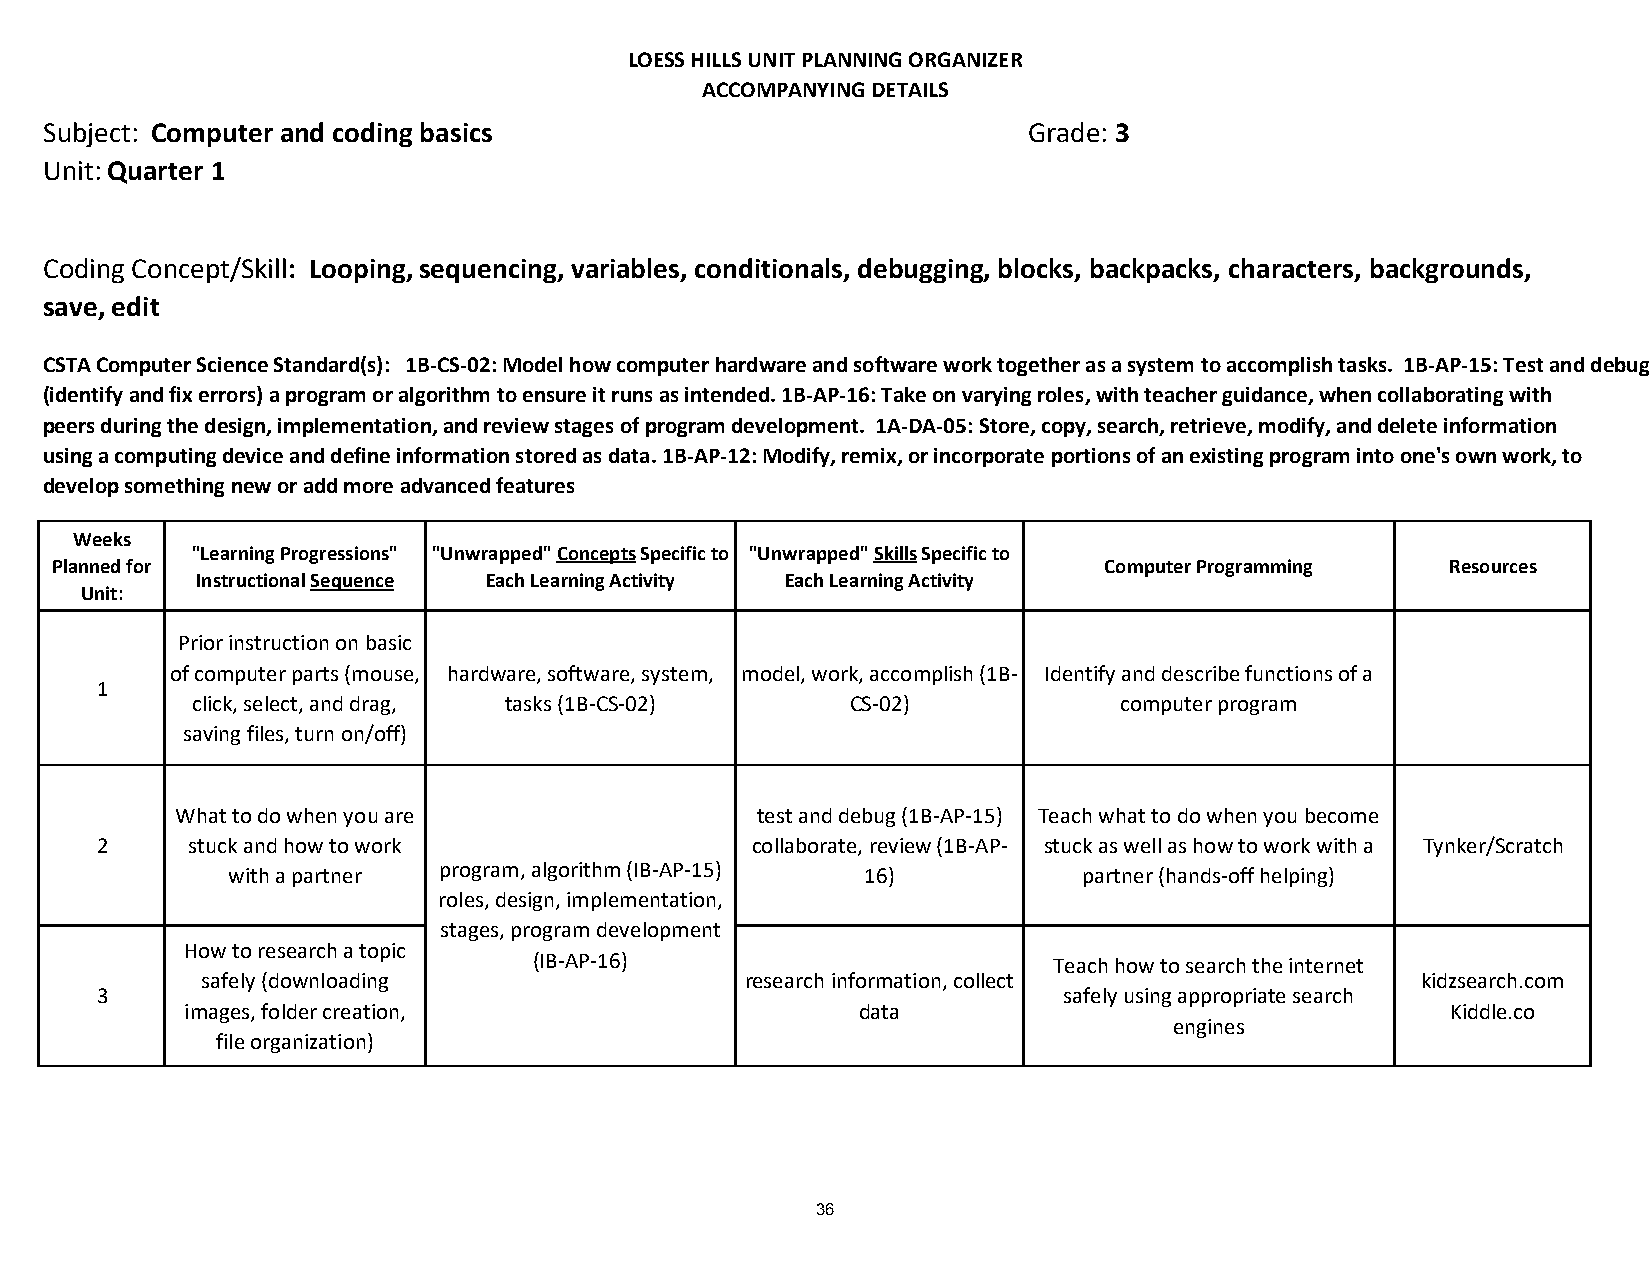
LOESS HILLS UNIT PLANNING ORGANIZER
 ACCOMPANYING DETAILS
 Subject: Computer and coding basics                              Grade: 3
 Unit: Quarter 1
 Coding Concept/Skill: Looping, sequencing, variables, conditionals, debugging, blocks, backpacks, characters, backgrounds,
 save, edit
 CSTA Computer Science Standard(s): 1B-CS-02: Model how computer hardware and software work together as a system to accomplish tasks. 1B-AP-15: Test and debug
 (identify and fix errors) a program or algorithm to ensure it runs as intended. 1B-AP-16: Take on varying roles, with teacher guidance, when collaborating with
 peers during the design, implementation, and review stages of program development. 1A-DA-05: Store, copy, search, retrieve, modify, and delete information
 using a computing device and define information stored as data. 1B-AP-12: Modify, remix, or incorporate portions of an existing program into one's own work, to
 develop something new or add more advanced features
 Weeks
 "Learning Progressions" "Unwrapped" Concepts Specific to "Unwrapped" Skills Specific to
 Planned for                                                           Computer Programming   Resources
 Instructional Sequence Each Learning Activity Each Learning Activity
 Unit:
 Prior instruction on basic
 of computer parts (mouse, hardware, software, system, model, work, accomplish (1B- Identify and describe functions of a
 1
 click, select, and drag, tasks (1B-CS-02)  CS-02)            computer program
 saving files, turn on/off)
 What to do when you are               test and debug (1B-AP-15) Teach what to do when you become
 2     stuck and how to work                 collaborate, review (1B-AP- stuck as well as how to work with a Tynker/Scratch
 program, algorithm (IB-AP-15)
 with a partner                            16)            partner (hands-off helping)
 roles, design, implementation,
 stages, program development
 How to research a topic
 (IB-AP-16)                         Teach how to search the internet
 safely (downloading                 research information, collect                kidzsearch.com
 3                                                               safely using appropriate search
 images, folder creation,                     data                                   Kiddle.co
 engines
 file organization)
 36